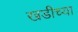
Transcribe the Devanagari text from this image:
खडीच्या